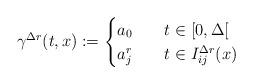
LaTeX: \begin{align*}\gamma^{\Delta r}(t,x) := \begin{cases}a_0 &t\in[0,\Delta[\\a_j^r \quad&t\in I_{ij}^{\Delta r}(x) \end{cases}\end{align*}